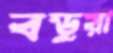
বডুয়া